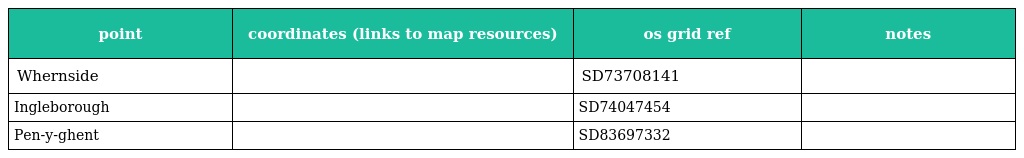
| point | coordinates (links to map resources) | os grid ref | notes |
 | --- | --- | --- | --- |
 | Whernside |  | SD73708141 |  |
 | Ingleborough |  | SD74047454 |  |
 | Pen-y-ghent |  | SD83697332 |  |